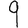
Digit: 9